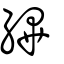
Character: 縪